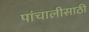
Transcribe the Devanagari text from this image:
पांचालीसाठी